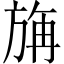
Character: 㫋